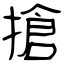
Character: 搶